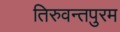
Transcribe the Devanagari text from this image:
तिरुवन्तपुरम